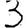
Digit: 3